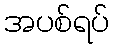
အပစ်ရပ်